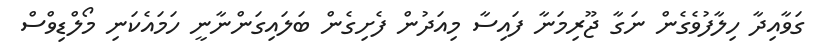
ގަވާއިދާ ހިލާފުވެގެން ނަގާ ޖޫރިމަނާ ފައިސާ މިއަދުން ފެށިގެން ބަލައިގަންނާނީ ހަމައެކަނި މޯލްޑިވްސް